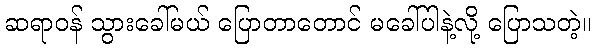
ဆရာဝန် သွားခေါ်မယ် ပြောတာတောင် မခေါ်ပါနဲ့လို့ ပြောသတဲ့။